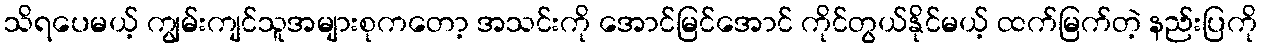
သိရပေမယ့် ကျွမ်းကျင်သူအများစုကတော့ အသင်းကို အောင်မြင်အောင် ကိုင်တွယ်နိုင်မယ့် ထက်မြက်တဲ့ နည်းပြကို